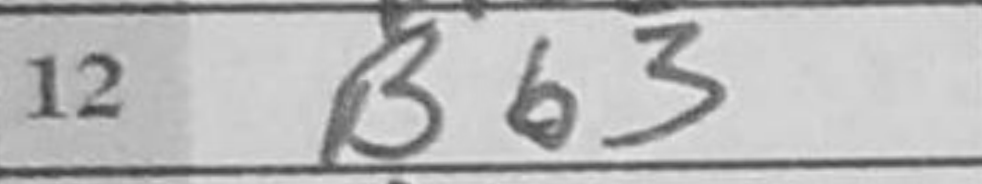
Transcription: Bb3